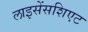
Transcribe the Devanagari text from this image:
लाइसेंसशिएट